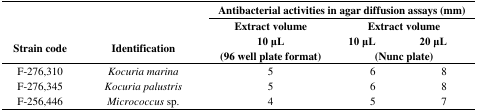
<table><thead><tr><td></td><td></td><td colspan="3"><b>Antibacterial activities in agar diffusion assays (mm)</b></td></tr><tr><td></td><td></td><td><b>Extract volume</b></td><td colspan="2"><b>Extract volume</b></td></tr><tr><td rowspan="2"><b>Strain code</b></td><td rowspan="2"><b>Identification</b></td><td><b>10 μL</b></td><td><b>10 μL</b></td><td><b>20 μL</b></td></tr><tr><td><b>(96 well plate format)</b></td><td colspan="2"><b>(Nunc plate)</b></td></tr></thead><tbody><tr><td>F-276,310</td><td><i>Kocuria</i><i>marina</i></td><td>5</td><td>6</td><td>8</td></tr><tr><td>F-276,345</td><td><i>Kocuria</i><i>palustris</i></td><td>5</td><td>6</td><td>8</td></tr><tr><td>F-256,446</td><td><i>Micrococcus</i> sp.</td><td>4</td><td>5</td><td>7</td></tr></tbody></table>